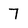
Character: 7